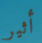
أثير